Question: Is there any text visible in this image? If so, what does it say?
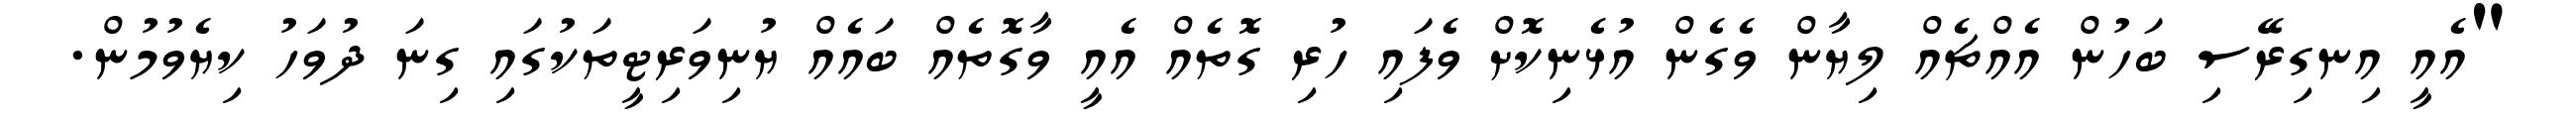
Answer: "އެއީ އިނގިރޭސި ބަހުން އެއްޗެއް ލިޔާން ވެގެން އުޅެނިކޮށް ވެފައި ހުރި ގޮތެއް އެއީ ވާގޮތެއް ބައެއް ޔުނިވަރިޓީތަކުގައި ގިނަ ދުވަހު ކިޔެވުމުން.